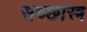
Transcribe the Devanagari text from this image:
सच्छास्त्र